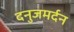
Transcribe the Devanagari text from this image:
दनुजमर्दन